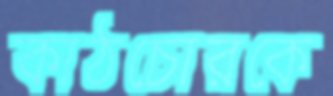
কাঠচোরকে